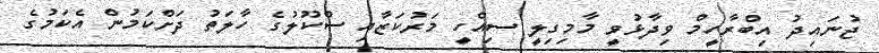
ޖުނައިދު އިބްރާހީމް ވިދާޅުވީ މާމިގިލީ ސިއްހީ މަރުކަޒާއި ސްކޫލުގެ ހާލަތު ދަށްކަމުން އެކަމުގެ